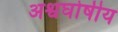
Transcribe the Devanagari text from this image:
अश्वघोषीय